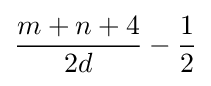
{\frac {m+n+4}{2d}}-{\frac {1}{2}}